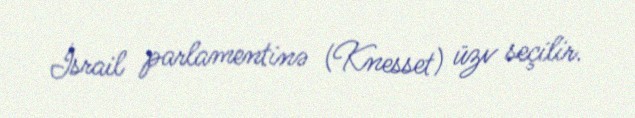
İsrail parlamentinə (Knesset) üzv seçilir.